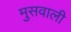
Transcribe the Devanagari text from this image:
मुसवाली